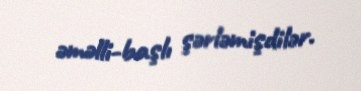
əməlli-başlı şərləmişdilər.